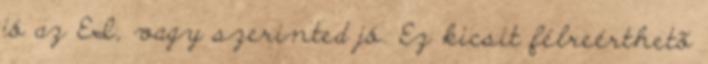
jó az EI, vagy szerinted jó. Ez kicsit félreérthetõ